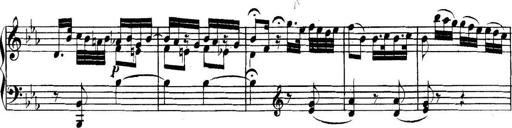
Title: Collected Piano Sonatas
Composer: Muzio Clementi